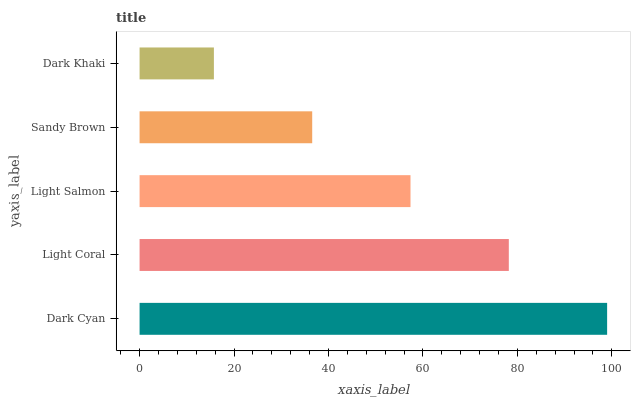
| yaxis_label | bars |
 | --- | --- |
 | Dark Cyan | 99 |
 | Light Coral | 78.2 |
 | Light Salmon | 57.4 |
 | Sandy Brown | 36.6 |
 | Dark Khaki | 15.7 |